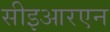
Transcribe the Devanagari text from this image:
सीइआरएन